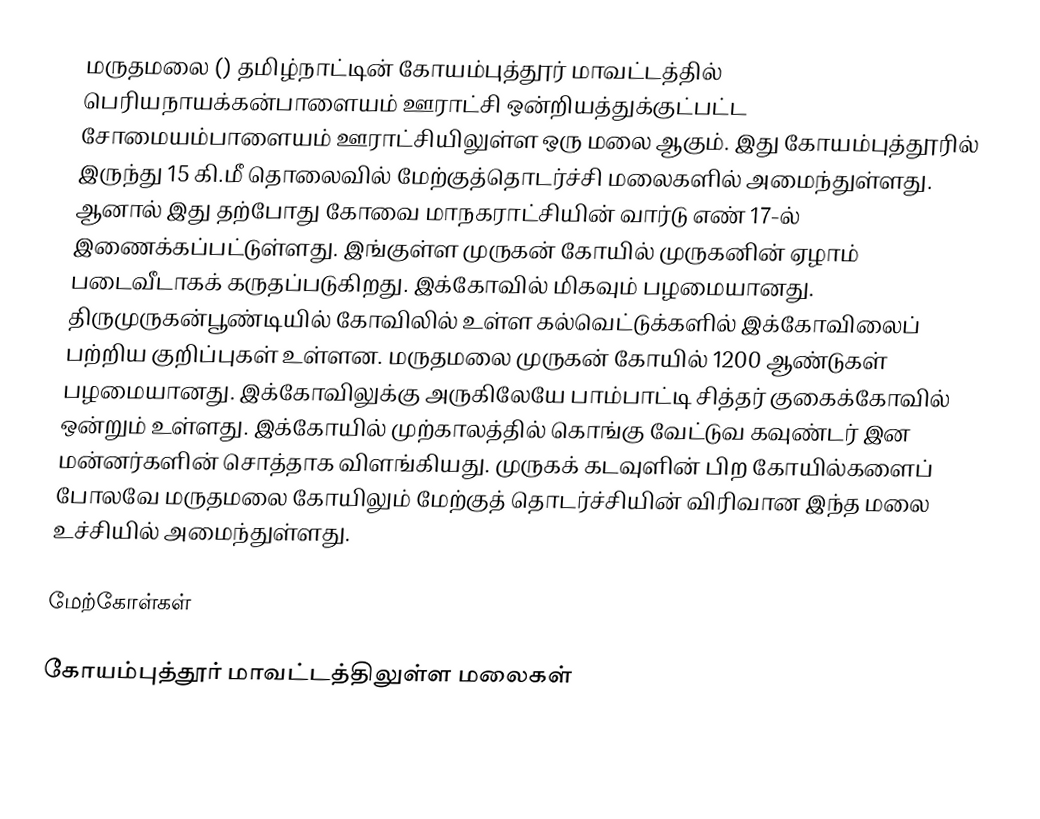
மருதமலை () தமிழ்நாட்டின் கோயம்புத்தூர் மாவட்டத்தில் பெரியநாயக்கன்பாளையம் ஊராட்சி ஒன்றியத்துக்குட்பட்ட சோமையம்பாளையம் ஊராட்சியிலுள்ள ஒரு மலை ஆகும். இது கோயம்புத்தூரில் இருந்து 15 கி.மீ தொலைவில் மேற்குத்தொடர்ச்சி மலைகளில் அமைந்துள்ளது. ஆனால் இது தற்போது கோவை மாநகராட்சியின் வார்டு எண் 17-ல் இணைக்கப்பட்டுள்ளது. இங்குள்ள முருகன் கோயில் முருகனின் ஏழாம் படைவீடாகக் கருதப்படுகிறது. இக்கோவில் மிகவும் பழமையானது. திருமுருகன்பூண்டியில் கோவிலில் உள்ள கல்வெட்டுக்களில் இக்கோவிலைப் பற்றிய குறிப்புகள் உள்ளன. மருதமலை முருகன் கோயில் 1200 ஆண்டுகள் பழமையானது. இக்கோவிலுக்கு அருகிலேயே பாம்பாட்டி சித்தர் குகைக்கோவில் ஒன்றும் உள்ளது. இக்கோயில் முற்காலத்தில் கொங்கு வேட்டுவ கவுண்டர் இன மன்னர்களின் சொத்தாக விளங்கியது. முருகக் கடவுளின் பிற கோயில்களைப் போலவே மருதமலை கோயிலும் மேற்குத் தொடர்ச்சியின் விரிவான இந்த மலை உச்சியில் அமைந்துள்ளது.

மேற்கோள்கள்

கோயம்புத்தூர் மாவட்டத்திலுள்ள மலைகள்